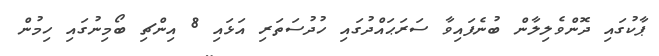
ޕާކުގައި ދޮންވެލިލާން ބުނެފައިވާ ސަރަޙައްދުގައި ހުދުސަތަރި އަޅައި 8 އިންޗި ބޯމިނުގައި ހިމުން